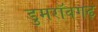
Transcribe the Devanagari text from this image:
डुमरॉवगढ़